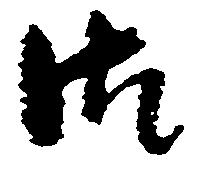
御